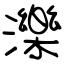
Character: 濼